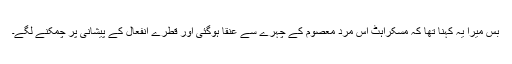
بس میرا یہ کہنا تھا کہ مسکراہٹ اُس مردِ معصوم کے چہرے سے عنقا ہوگئی اور قطرے اِنفعال کے پیشانی پر چمکنے لگے۔